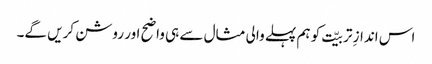
اس اندازِ تربیّت کو ہم پہلے والی مثال سے ہی واضح اور روشن کریں گے۔